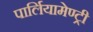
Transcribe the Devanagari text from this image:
पार्लियामेण्ट्री